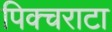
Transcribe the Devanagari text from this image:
पिक्चराटा